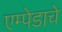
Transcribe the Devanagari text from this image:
एम्पेडाचे